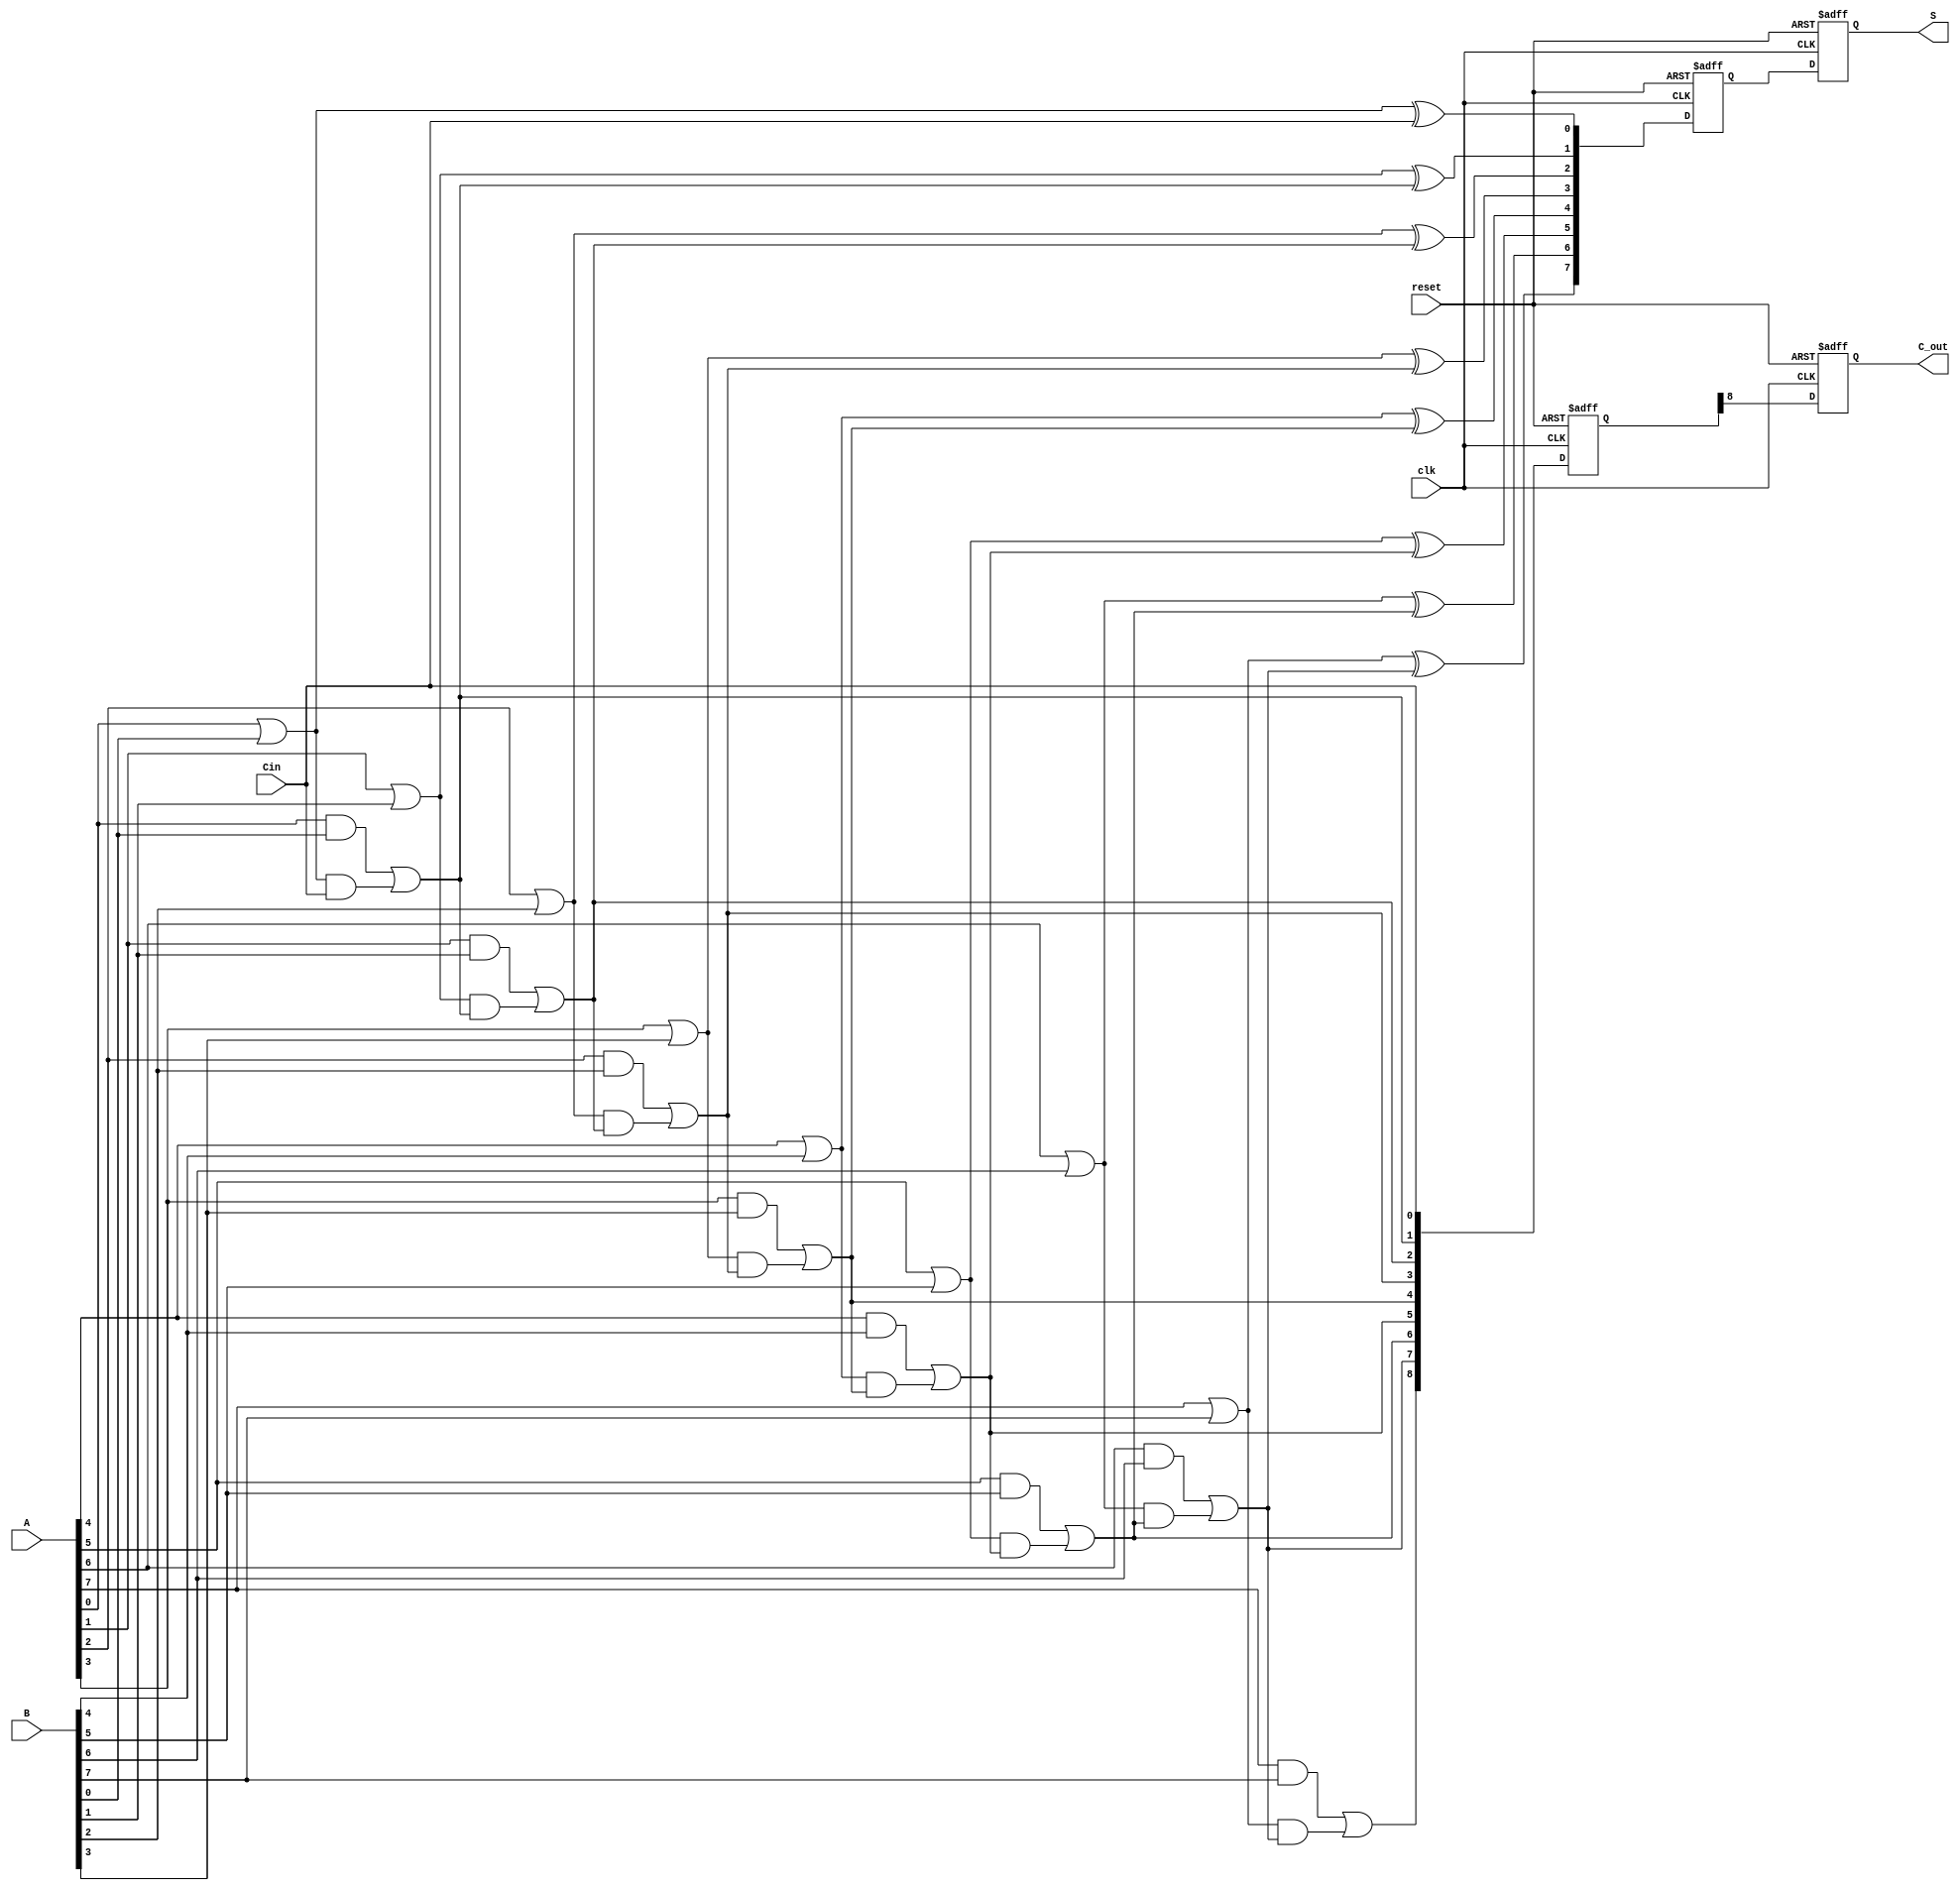
module PipelinedCLA #(
    parameter N = 8 // Parameter for the bit width of the inputs
)(
    input wire clk,
    input wire reset,
    input wire [N-1:0] A,
    input wire [N-1:0] B,
    input wire Cin,
    output reg [N-1:0] S,
    output reg C_out
);

// Internal signals
wire [N-1:0] G; // Generate signals
wire [N-1:0] P; // Propagate signals
wire [N:0] C;   // Carry signals

// Stage 1: Generate and Propagate calculations
genvar i;
generate
    for (i = 0; i < N; i = i + 1) begin : generate_propagate
        assign G[i] = A[i] & B[i]; // G_i = A_i * B_i
        assign P[i] = A[i] | B[i]; // P_i = A_i + B_i
    end
endgenerate

// Stage 2: Carry calculations
assign C[0] = Cin; // C_0 = Cin
generate
    for (i = 0; i < N; i = i + 1) begin : carry_calculation
        if (i == 0) begin
            assign C[i + 1] = G[i] | (P[i] & C[i]); // C_1 = G_0 + (P_0 * C_0)
        end else begin
            assign C[i + 1] = G[i] | (P[i] & C[i]); // C_i = G_i + (P_i * C_(i-1))
        end
    end
endgenerate

// Stage 3: Sum calculation
wire [N-1:0] sum_temp;
generate
    for (i = 0; i < N; i = i + 1) begin : sum_calculation
        assign sum_temp[i] = P[i] ^ C[i]; // S_i = P_i ^ C_i
    end
endgenerate

// Registers to hold intermediate results for pipelining
reg [N-1:0] sum_reg;
reg [N:0] carry_reg;

// Pipelining logic
always @(posedge clk or posedge reset) begin
    if (reset) begin
        sum_reg <= 0;
        carry_reg <= 0;
        S <= 0;
        C_out <= 0;
    end else begin
        // Stage 1 output
        carry_reg <= C; // Store carry for next stage
        // Stage 2 output
        sum_reg <= sum_temp; // Store sum for final output
        // Final output
        S <= sum_reg;
        C_out <= carry_reg[N]; // C_out = C_n
    end
end

endmodule